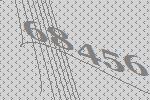
68456